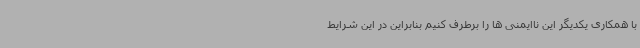
با همکاری یکدیگر این ناایمنی ها را برطرف کنیم بنابراین در این شرایط